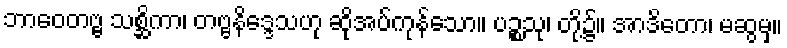
ဘာဝေတဗ္ဗ သစ္ဆိကာ၊ တဗ္ဗနိဒ္ဒေသဟု ဆိုအပ်ကုန်သော။ ပဉ္စသု၊ တို့၌။ အာဒိတော၊ မဆွမှ။